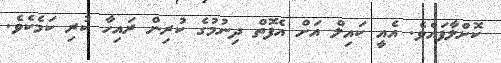
ކޮށްލާފައެވެ. އެއީ ކައިލް އަށް އެފޮތް ދިނުމުގެ ކުރިން ރައިހާ ކުރި ކަމެކެވެ.